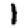
Digit: 1